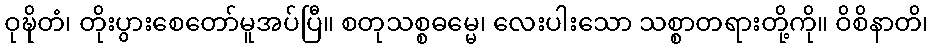
ဝုဍ္ဎိတံ၊ တိုးပွားစေတော်မူအပ်ပြီ။ စတုသစ္စဓမ္မေ၊ လေးပါးသော သစ္စာတရားတို့ကို။ ဝိစိနာတိ၊